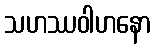
သဟဿဝါဟနော